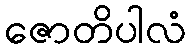
ဇောတိပါလံ